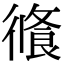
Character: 𢕦